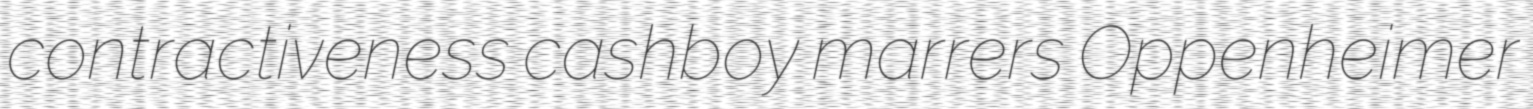
contractiveness cashboy marrers Oppenheimer